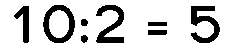
10:2 = 5